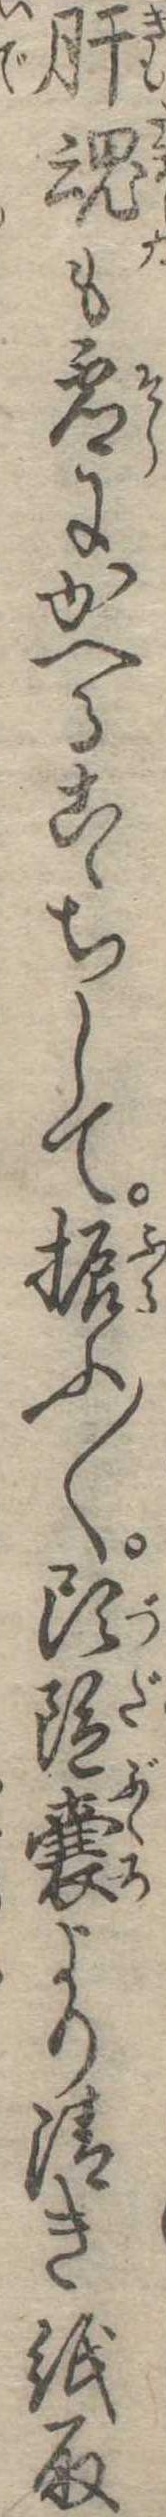
肝魂も虚にかへるこゝちして振ふ〱頭陀嚢より清き紙取